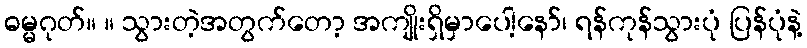
ဓမ္မဂုတ်။ ။ သွားတဲ့အတွက်တော့ အကျိုးရှိမှာပေါ့နော်၊ ရန်ကုန်သွားပုံ ပြန်ပုံနဲ့